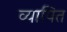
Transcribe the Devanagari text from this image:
व्यापित